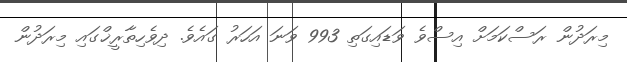
މިރަދުން ރަސްކަމަށް އިސްވެ ވަޑައިގަތި 993 ވަނަ އަހަރު ގައެވެ. ދިވެހިތާރީޚްގައި މިރަދުން